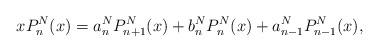
LaTeX: \begin{align*}xP^N_n(x) = a^N_n P^N_{n+1}(x) + b^N_n P^N_n(x) + a^N_{n-1} P^N_{n-1}(x) ,\end{align*}